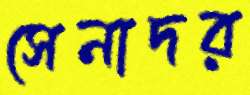
সেনাদর